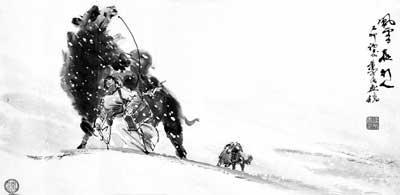
行人日暮少，风雪乱山深。